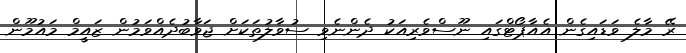
ރޭ މާލެ ވަޑައިގެން އެއާޕޯޓްގައި ނޫސްވެރިއަކު ދެންނެވި ސުވާލުތަކަށް ޖަވާބުދެއްވަމުން ޒައީމް މައުމޫން